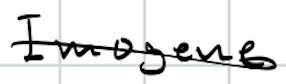
Text: Imogene
Cross-out: single-line
Writing tool: digital_black